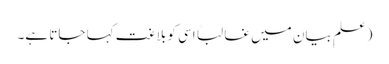
(علمِ بیان میں غالباً اسی کو بلاغت کہا جاتا ہے۔